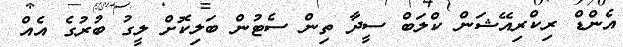
އެންޑް ރިކްރިއޭޝަން ކްލަބް ސީދާ ތިން ސެޓުން ބަލިކޮށް ލީގު ބުރުގެ އެއް